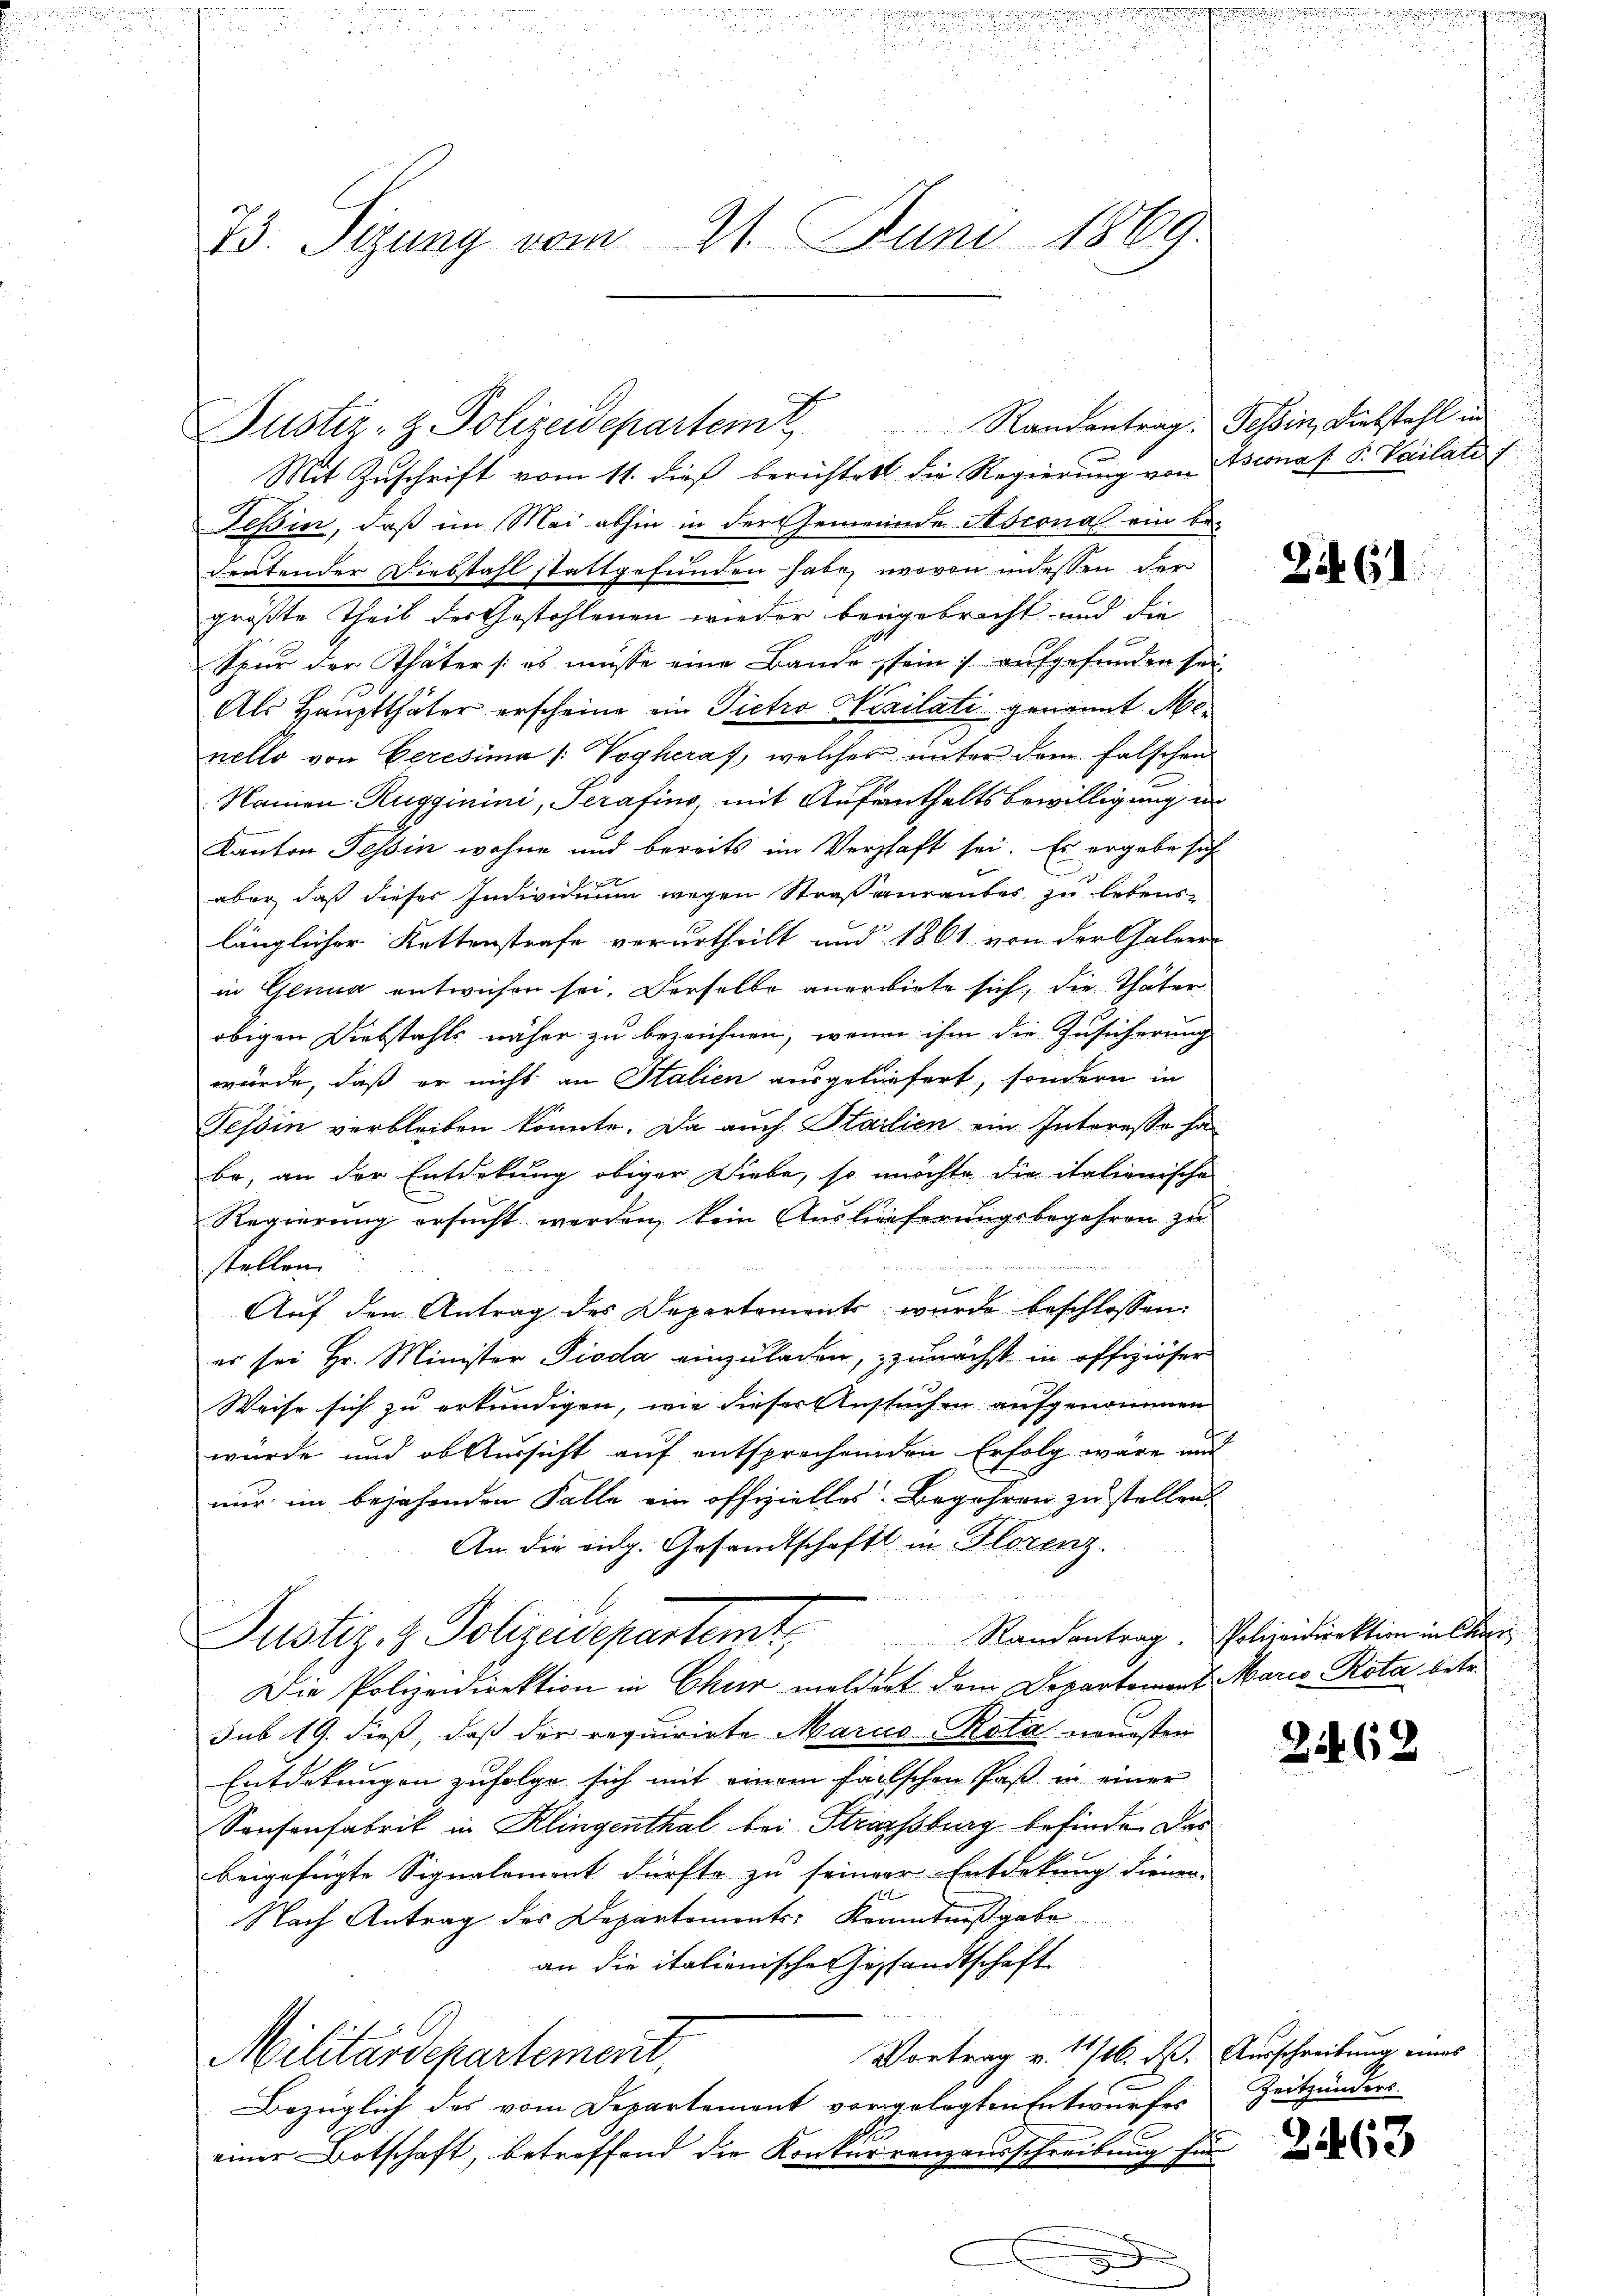
73. Sigung vom 21. Juni 1869.

Mit Zuschrift vom 11. dieß berichtet die Regierung von Bernas P. Vailati
Teßin, daß im Mai abhin in der Gemeinde Asconas ein be-
deutender Diebstahl stattgefunden habe, wovon indessen der
größte Theil des Gestohlenen wieder beigebracht und die
Spur der Thäter /: es müsse eine Bande sein; aufgefunden sei,
Als Hauptthäter erscheine ein Pietro Werilati genannt Monello von Ceresima /: Vogheraf, welcher unter dem falschen
Namen: Rugginini, Serafing, mit Aufenthaltsbewilligung in
Kanton Tessin wohne und bereits im Verschaft sei. Es ergebe sich
aber, daß dieses Individuum wegen Straßenraubes zu lebens-
länglicher Kettenstrafe verurtheilt und 1861 von der Galeer
in Glung entwichen sei. Derselbe anerbiete sich, die Thäter
obigen Diebstahls näher zu bezeichnen, wenn ihm die Zusicherung
würde, daß er nicht an Stalien ausgeliefert, sondern in
Tessin verbleiben könnte. Da auch Startien ein Interesse ha
be, an der Entdekung obiger Liebe, so möchte die italienische
Regierŭng ersŭcht werden, kein Auslieferŭngsbegehren zu
stellen.
Auf den Antrag des Departements wurde beschlossen:
er sei Hr. Minister Pioda einzuladen, zunächst in offiziöser
Weise sich zu erkundigen, wie dieser Aussuchen aufgenommen
würde und ob Aussicht auf entsprechenden Erfolg wäre und
nur im bejahenden Falle ein offiziellos. Begehren zu stellen.
An die eidg. Gesandtschaft in Florenz.
Justiz- & Polizeidepartemt, Randantrag. Polizeidirektion in de
Die Polizeidirektion in Chur meldert dem Departement Maria Rota, betr.
sub 19. dieß, daß der requirirte Marcco-Rota neuesten
Entdekungen zufolge sich mit einem fallschen Paß in einer
Sonsonfabrik in Klingenthal bei Strassburg befinden das
beigefügte Signaloment dürfte zu seiner Entdekung dienen.
1
Nach Antrag des Departemonts Kenntniβgabe
an die italienischen Gossandtschaft
Vortrag v. 11/16. ds. Ausschreibung eines
Militärdepartement,
Bezüglich des vom Departement vorgelegten Entwurfes
einer Botschaft, betreffend die Konkurrenzausschreibung für

Justiz- & Polizeidepartem Randantrag. Tessin, Diebstahl in

Zif. 61

262

Zeitzänders.

2463